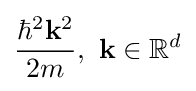
{\frac {\hbar ^{2}\mathbf {k} ^{2}}{2m}},\,\,\mathbf {k} \in \mathbb {R} ^{d}